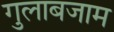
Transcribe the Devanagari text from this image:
गुलाबजाम